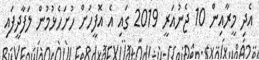
އެދި މީރާއިން 10 ޖެނުއަރީ 2019 ގައި އެ އޮފީހަށް ހުށަހެޅުމުން ލަފާދީފައި